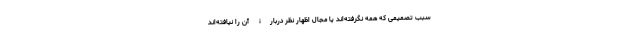
سبب تصمیمی که همه نگرفته‌اند یا مجال اظهار نظر دربارۀ آن را نیافته‌اند